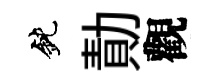
鈍勣觀